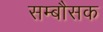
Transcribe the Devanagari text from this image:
सम्बौसक